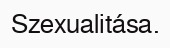
Szexualitása.